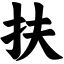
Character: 扶